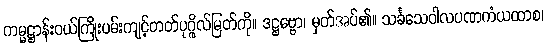
ကမ္မဋ္ဌာန်းဝယ်ကြိုးပမ်းကျင့်တတ်ပုဂ္ဂိုလ်မြတ်ကို။ ဒဋ္ဌဗ္ဗော၊ မှတ်အပ်၏။ သင်္ခသေဝါလပဏကံယထာစ၊